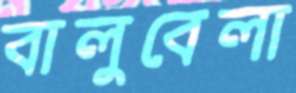
বালুবেলা